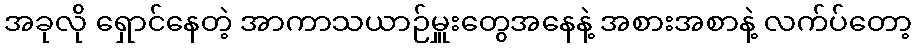
အခုလို ရှောင်နေတဲ့ အာကာသယာဉ်မှူးတွေအနေနဲ့ အစားအစာနဲ့ လက်ပ်တော့